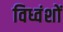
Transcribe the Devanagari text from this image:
विध्वंशों